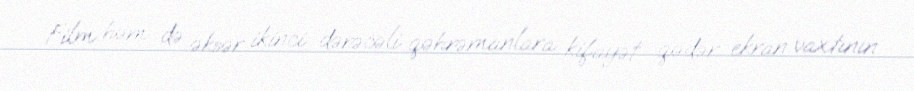
Film həm də əksər ikinci dərəcəli qəhrəmanlara kifayət qədər ekran vaxtının